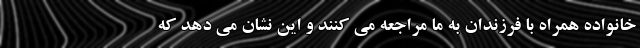
خانواده همراه با فرزندان به ما مراجعه می کنند و این نشان می دهد که